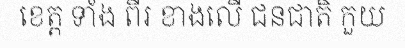
ខេត្ត ទាំង ពីរ ខាងលើ ជនជាតិ កួយ